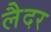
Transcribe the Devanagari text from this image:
लैदर